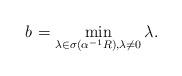
LaTeX: \begin{align*}b_{}=\min_{\lambda\in\sigma\left( \alpha^{-1}R\right) \text{,}\lambda\not =0}\lambda. \end{align*}